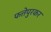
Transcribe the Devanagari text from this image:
फत्तेपुरकर